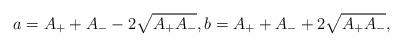
LaTeX: \begin{align*}a=A_{+}+A_{-}-2\sqrt{A_{+}A_{-}},b=A_{+}+A_{-}+2\sqrt{A_{+}A_{-}},\end{align*}